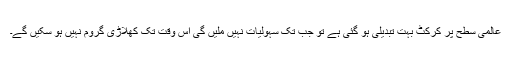
عالمی سطح پر کرکٹ بہت تبدیلی ہو گئی ہے تو جب تک سہولیات نہیں ملیں گی اس وقت تک کھلاڑی گروم نہیں ہو سکیں گے۔